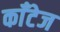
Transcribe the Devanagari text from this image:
काँटेज